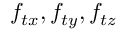
f _ { t x } , f _ { t y } , f _ { t z }